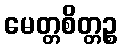
မေတ္တစိတ္တဉ္စ